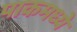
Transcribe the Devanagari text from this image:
पाकमध्ये